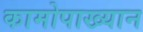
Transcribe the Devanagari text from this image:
कामोपाख्यान